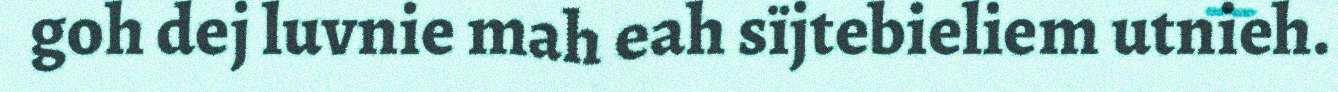
goh dej luvnie mah eah sïjtebieliem utnieh.